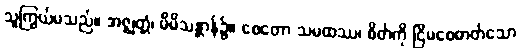
သူကြွယ်မသည်။ အဇ္ဈတ္တံ၊ မိမိသန္တာန်၌။ စေတော သမထဿ၊ စိတ်ကို ငြိမစေတတ်သော